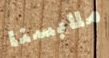
ملابسنا